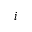
i